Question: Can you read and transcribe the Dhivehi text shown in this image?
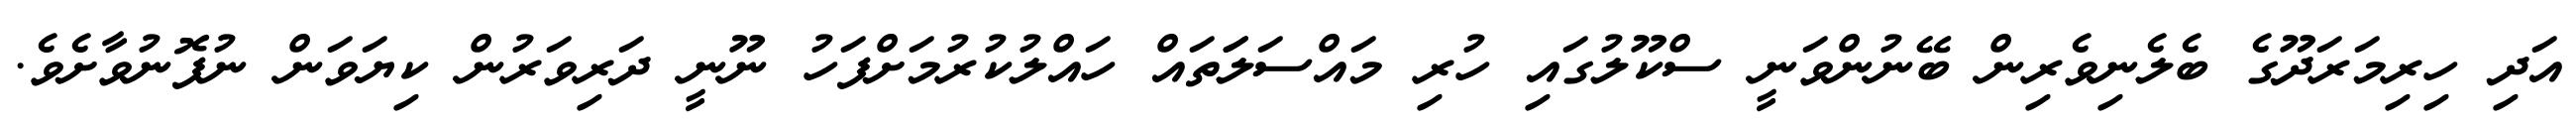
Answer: އަދި ހިރިމަރަދޫގެ ބެލެނިވެރިން ބޭނުންވަނީ ސްކޫލުގައި ހުރި މައްސަލަަތައް ހައްލުކުރުމަށްފަހު ނޫނީ ދަރިވަރުން ކިޔަވަން ނުފޮނުވާށެވެ.